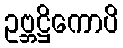
ဥဗ္ဘဋ္ဌိကောပိ